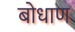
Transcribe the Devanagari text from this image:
बोधाण